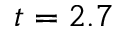
t = 2 . 7